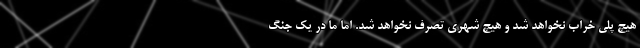
هیچ پلی خراب نخواهد شد و هیچ شهری تصرف نخواهد شد. اما ما در یک جنگ